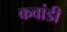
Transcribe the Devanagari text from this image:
कवांडी